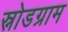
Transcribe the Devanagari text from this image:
स्नोडग्राम